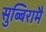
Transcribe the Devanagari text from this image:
सुब्बिरामै